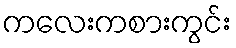
ကလေးကစားကွင်း